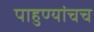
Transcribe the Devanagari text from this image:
पाहुण्यांचच